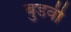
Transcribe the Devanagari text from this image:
बुडवी